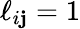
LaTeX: \ell_{i\mathbf{j}}=1